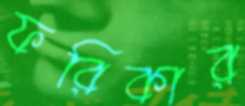
ফরিকার